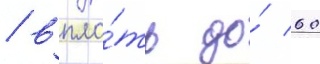
/ впло́ть до́ 60